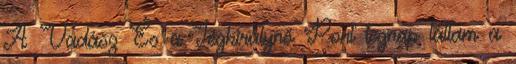
A Vadász És a Jégkirálynő Pont tegnap láttam a